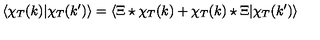
\langle \chi _ { T } ( k ) | \chi _ { T } ( k ^ { \prime } ) \rangle = \langle \Xi \star \chi _ { T } ( k ) + \chi _ { T } ( k ) \star \Xi | \chi _ { T } ( k ^ { \prime } ) \rangle